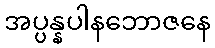
အပ္ပန္နပါနဘောဇနေ